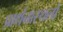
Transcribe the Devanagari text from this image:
प्रार्थनास्थलों